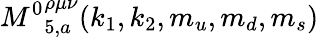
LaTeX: {M^{0}}_{5,a}^{\rho\mu\nu}(k_{1},k_{2},m_{u},m_{d},m_{s})